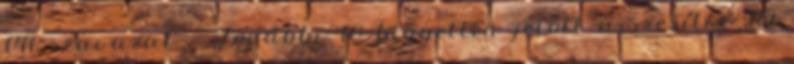
141 szavazat – További 10 független jelölt összesítve 119